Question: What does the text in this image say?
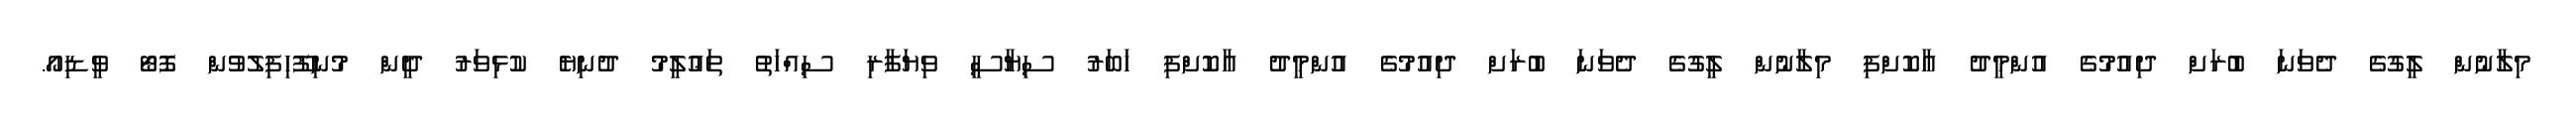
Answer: މިލާނުން ލީގުގެ ދެވަނަ ބުރަށް ދިއުމުގެ އުންމީދު އާކޮށްފި މިލާނުން ލީގުގެ ދެވަނަ ބުރަށް ދިއުމުގެ އުންމީދު އާކޮށްފި ޚަބަރު ސިޔާސީ ވިޔަފާރި ސިއްހަތު ތަޢުލީމު ދުނިޔެ ކުޅިވަރު ދީން މުނިފޫހިފިލުވުން ފޮޓޯ ވީޑިއޯ.